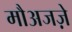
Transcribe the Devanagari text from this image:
मौअजज़े